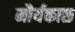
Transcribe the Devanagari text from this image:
मौर्यकाळ